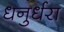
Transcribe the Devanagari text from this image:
धनुर्धरा